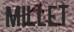
MILLET